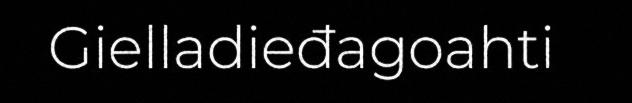
Gielladieđagoahti